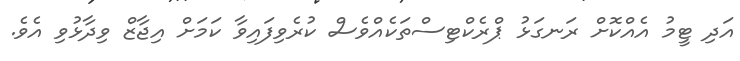
އަދި ޓީމު އެއްކޮށް ރަނގަޅު ޕްރެކްޓިސްތަކެއްވެސް ކުރެވިފައިވާ ކަމަށް އިޖާޒް ވިދާޅުވި އެވެ.